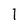
Character: 1